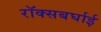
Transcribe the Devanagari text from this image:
रॉक्सबर्घाई